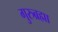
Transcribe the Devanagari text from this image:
गुरुब्रह्मा